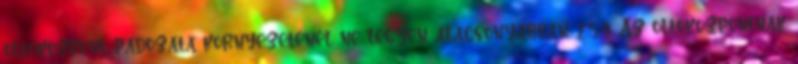
oltóközpont padozata környezeténél ne legyen alacsonyabban. 2.5.4. Az oltóközpontnak